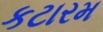
કટારમ